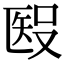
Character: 𥏏